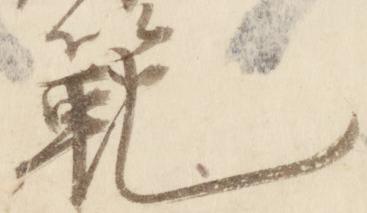
範